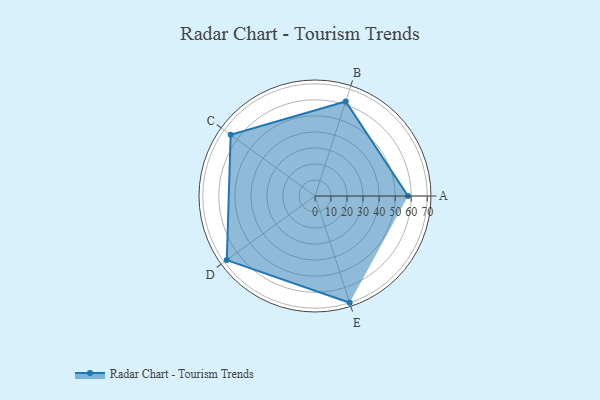
{"axis": {"x": "Skill", "y": "Score"}, "legend": ["Profile"], "data": [{"x": "A", "y": 58.0, "type": "Profile"}, {"x": "B", "y": 62.0, "type": "Profile"}, {"x": "C", "y": 65.0, "type": "Profile"}, {"x": "D", "y": 68.0, "type": "Profile"}, {"x": "E", "y": 70.0, "type": "Profile"}]}